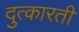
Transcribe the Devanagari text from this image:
दुत्कारती